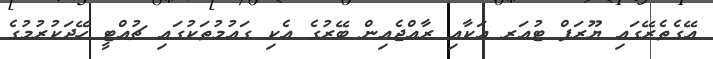
އޭގެތެރޭގައި ޔޫރަޕް ޓުއަރ އަކާއި ރާއްޖެއިން ބޭރުގެ އެކި ގައުމުތަކުގައި ޗުއްޓީ ހޭދަކުރުމުގެ